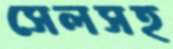
সেলসহ